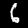
Digit: 6